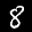
Label: 8